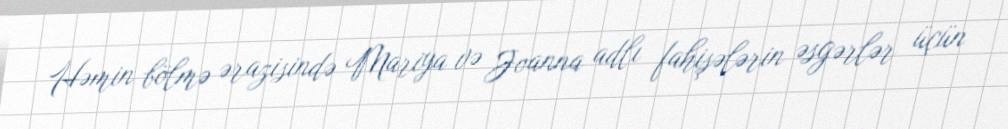
Həmin bölmə ərazisində Mariya və Joanna adlı fahişələrin əsgərlər üçün